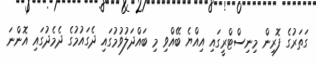
ގަތަރުގެ ފޮރިން މިނިސްޓްރީގައި އިއްޔެ ބޭއްވި މި ބައްދަލުވުމުުގައި ދެގައުމުގެ ދެމެދުގައި އޮންނަ